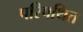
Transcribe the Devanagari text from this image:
परिपथित